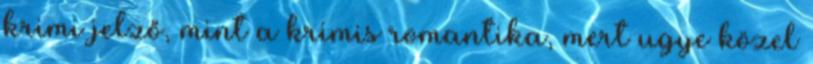
krimi jelző, mint a krimis romantika, mert ugye közel